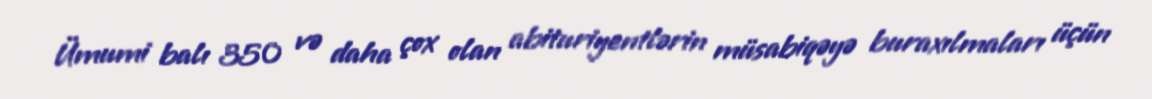
Ümumi balı 350 və daha çox olan abituriyentlərin müsabiqəyə buraxılmaları üçün